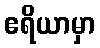
ဧရိယာမှာ